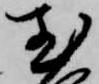
至